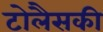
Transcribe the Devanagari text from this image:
टोलैसकी